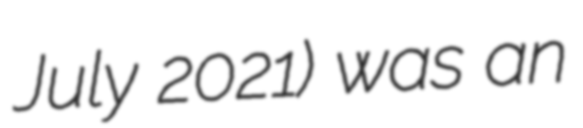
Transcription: July 2021) was an